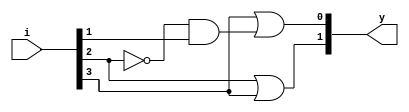
`timescale 1ns / 1ps
//////////////////////////////////////////////////////////////////////////////////
// Company: 
// Engineer: 
// 
// Design Name: 
// Module Name: Priority_Encoder_4x2
// Project Name: 
// Target Devices: 
// Tool Versions: 
// Description: 
// 
// Dependencies: 
// 
// Revision:
// Revision 0.01 - File Created
// Additional Comments:
// 
//////////////////////////////////////////////////////////////////////////////////


module Priority_Encoder_4x2(y,i);
input [3:0]i;
output [1:0]y;
assign y[1] = i[2] | i[3];
assign y[0] = i[3] | ~(i[2]) & i[1];
endmodule